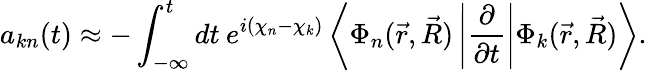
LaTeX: a_{kn}(t)\approx-\int_{-\infty}^{t}dt\: e^{i(\chi_{n}-\chi_{k})}\left<\Phi_{n}(\vec{r},\vec{R})\left|\frac{\partial}{\partial t}\right|\Phi_{k}(\vec{r},\vec{R})\right>.